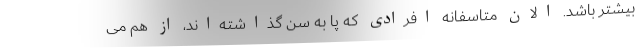
بیشتر باشد. الان متاسفانه افرادی که پا به سن گذاشته‌اند، از هم می